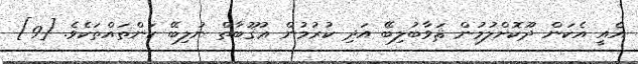
އެއީ އެކަން ދޫކޮށްލުމުން ޘަވާބުލިބޭ އަދި ކުރުމުން ޢުޤޫބާތް ނުލިބޭ ކަންތައްތަކެވެ. [9]